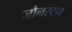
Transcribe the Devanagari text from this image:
जौनस्टन